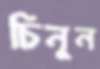
চিনুন